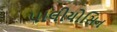
પાલીયોસિન